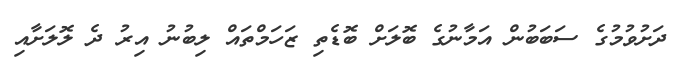
ދަށުވުމުގެ ސަބަބުން އަމާނުގެ ބޮލަށް ބޮޑެތި ޒަހަމްތައް ލިބުނު އިރު ދެ ލޮލަށާއި